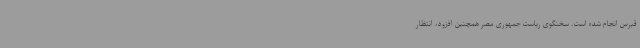
قبرس انجام شده است. سخنگوی ریاست جمهوری مصر همچنین افزود، انتظار